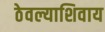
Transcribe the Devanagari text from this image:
ठेवल्याशिवाय